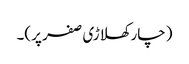
(چار کھلاڑی صفر پر)۔